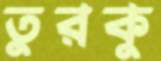
তুরকু